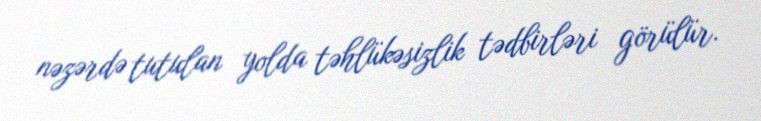
nəzərdə tutulan yolda təhlükəsizlik tədbirləri görülür.